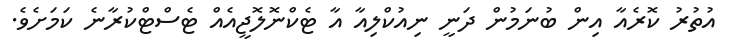
އުތުރު ކޮރެއާ އިން ބުނަމުން ދަނީ ނިއުކްލިއާ އާ ޓެކްނޮލޮޖީއެއް ޓެސްޓްކުރާނެ ކަމަށެވެ.